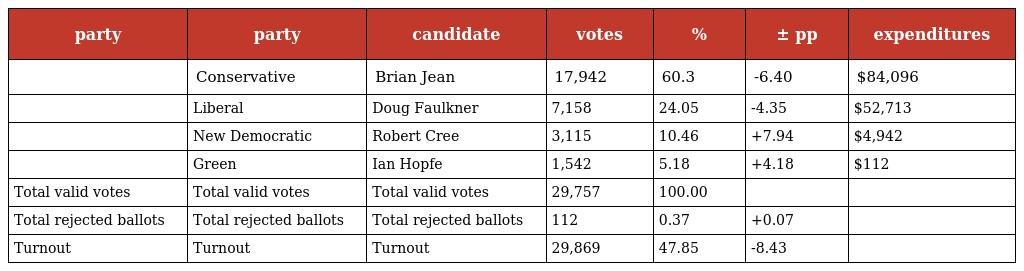
| party | party | candidate | votes | % | ± pp | expenditures |
 | --- | --- | --- | --- | --- | --- | --- |
 |  | Conservative | Brian Jean | 17,942 | 60.3 | -6.40 | $84,096 |
 |  | Liberal | Doug Faulkner | 7,158 | 24.05 | -4.35 | $52,713 |
 |  | New Democratic | Robert Cree | 3,115 | 10.46 | +7.94 | $4,942 |
 |  | Green | Ian Hopfe | 1,542 | 5.18 | +4.18 | $112 |
 | Total valid votes | Total valid votes | Total valid votes | 29,757 | 100.00 |  |  |
 | Total rejected ballots | Total rejected ballots | Total rejected ballots | 112 | 0.37 | +0.07 |  |
 | Turnout | Turnout | Turnout | 29,869 | 47.85 | -8.43 |  |